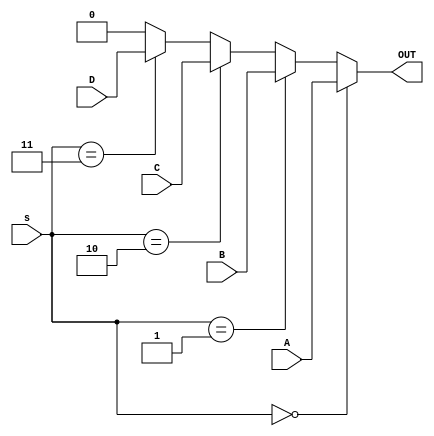
module MUX_4#(parameter N = 1) (A,B,C,D,s,OUT);
	input[N - 1:0] A,B,C,D;
	input [1:0]s;
	output[N - 1:0] OUT;
	assign OUT = (s == 2'b0)? A :
			(s == 2'b01) ? B:
			(s == 2'b10) ? C:
			(s == 2'b11) ? D:
			0;
endmodule